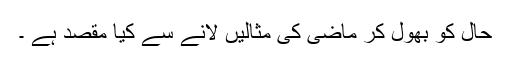
حال کو بھول کر ماضی کی مثالیں لانے سے کیا مقصد ہے ۔